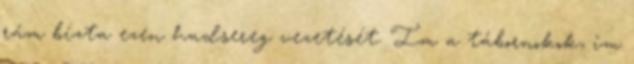
rám bízta ezen hadsereg vezetését. Im a tábornokok, im